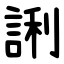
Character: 誗